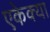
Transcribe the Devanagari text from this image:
एकेक्या